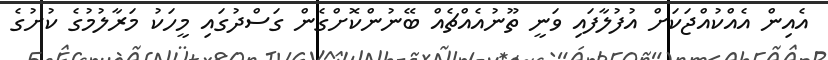
އެއިން އެއްކުއްޖަކަށް އުފުލާފައި ވަނީ ތޫނުއެއްޗެއް ބޭނުންކޮށްގެން ގަސްދުގައި މީހަކު މަރާލުމުގެ ކުށުގެ